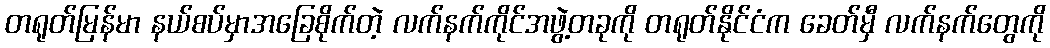
တရုတ်မြန်မာ နယ်စပ်မှာအခြေစိုက်တဲ့ လက်နက်ကိုင်အဖွဲ့တခုကို တရုတ်နိုင်ငံက ခေတ်မှီ လက်နက်တွေကို